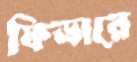
ফিডারে